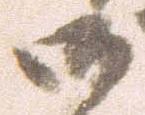
御